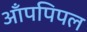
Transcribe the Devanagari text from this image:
आँपपिपल